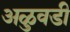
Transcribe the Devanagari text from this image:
अळुवडी